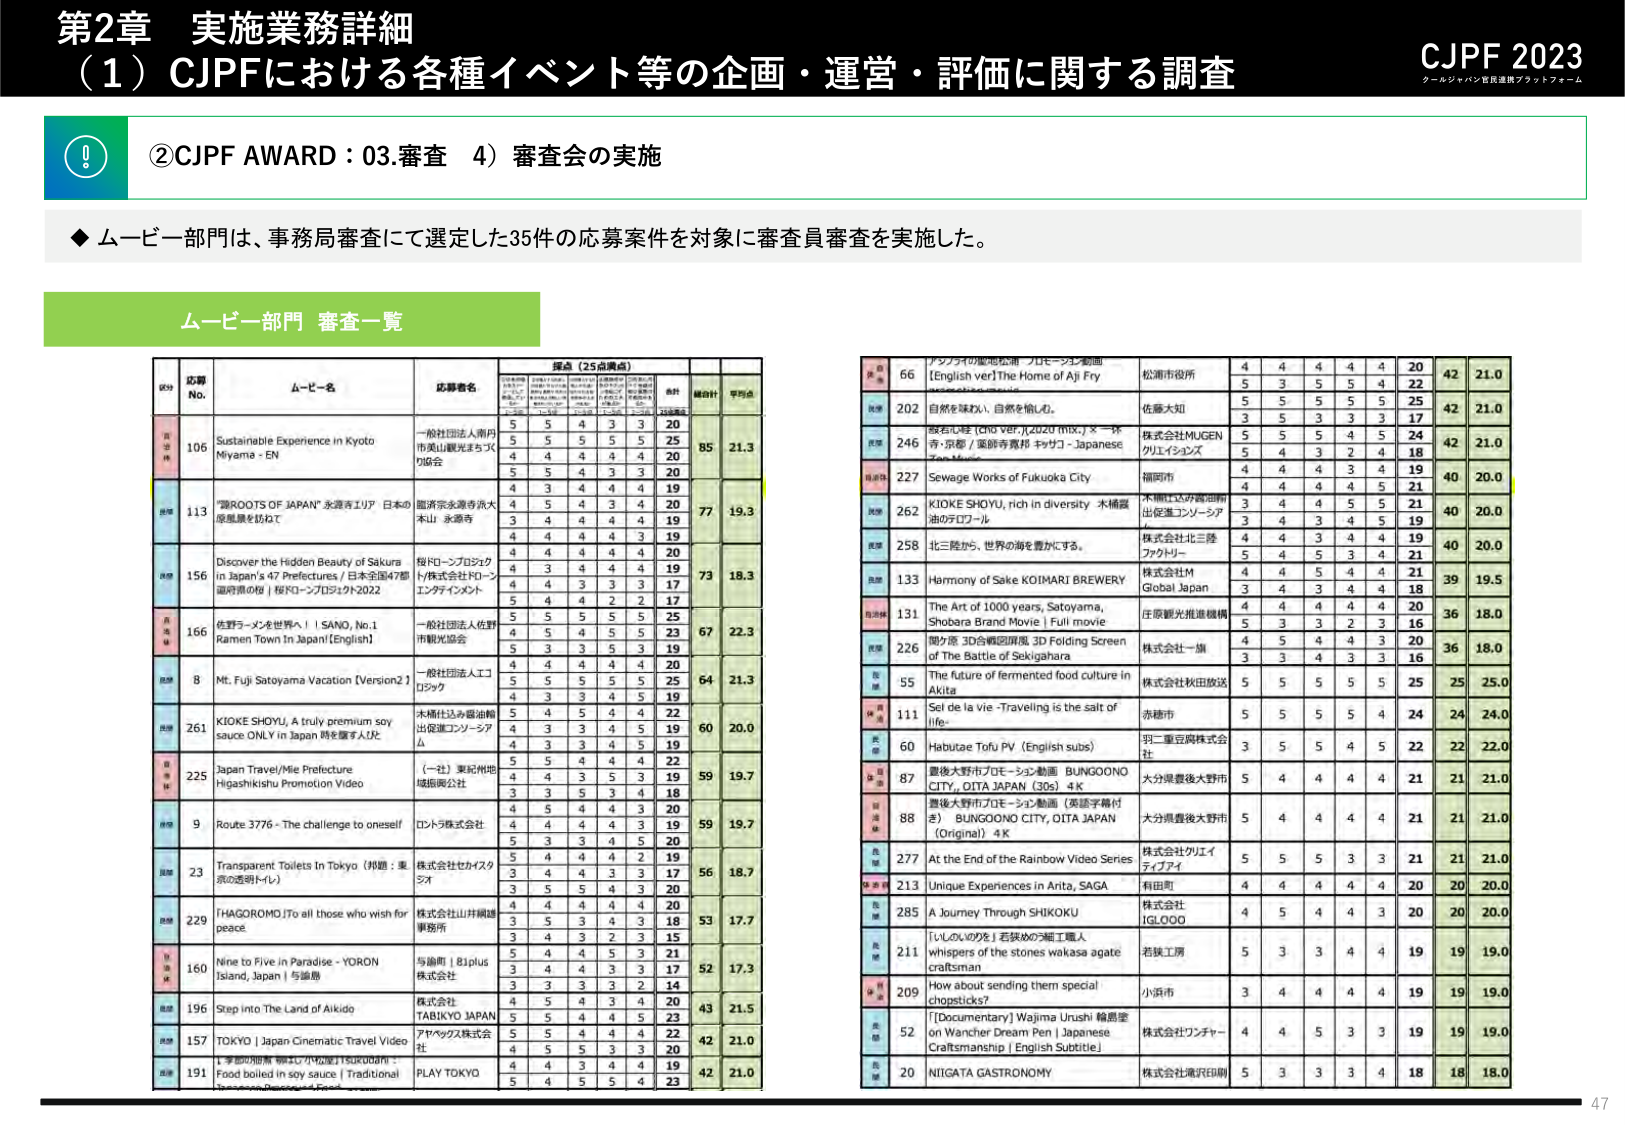
第2章 実施業務詳細
（1）CJPFにおける各種イベント等の企画・運営・評価に関する調査
CJPF 2023
クールジャパン官民連携プラットフォーム

②CJPF AWARD：03.審査 4）審査会の実施

◆ ムービー部門は、事務局審査にて選定した35件の応募案件を対象に審査員審査を実施した。

ムービー部門 審査一覧

応募No. ムービー名 応募者名 採点（25点満点） 合計 総合計 平均点
（評価項目）
106 Sustainable Experience in Kyoto Miyama - EN 一般社団法人南丹市美山観光まちづくり協会 5 5 4 3 3 20 85 21.3
5 5 5 5 5 25
4 4 4 4 4 20
5 5 4 3 3 20
113 "踏ROOTS OF JAPAN" 永源寺エリア 日本の原風景を訪ねて 亀浦宗永源寺済大本山 永源寺 4 3 4 4 4 19 77 19.3
4 5 4 3 4 20
3 4 4 4 4 19
4 4 4 4 3 19
156 Discover the Hidden Beauty of Sakura in Japan's 47 Prefectures / 日本全国47都道府県の桜 | 桜FO-ンプロジェクト2022 桜FO-ンプロジェクト/株式会社ドローンエンタテインメント 4 4 4 4 4 20 73 18.3
4 3 4 4 4 19
4 4 3 3 3 17
5 4 4 2 2 17
166 佐野ラーメンを世界へ！ | SANO, No.1 Ramen Town In Japan(English) 一般社団法人佐野市観光協会 5 5 5 5 5 25 67 22.3
4 5 4 5 5 23
5 3 3 5 3 19
4 4 4 4 4 20
8 Mt. Fuji Satoyama Vacation [Version2 ] 一般社団法人エコロジック 5 5 5 5 5 25 64 21.3
4 3 3 4 5 19
5 4 4 4 4 22
261 KIOKE SHOYU, A truly premium soy sauce ONLY in Japan 時を履す人が。 木幡仕込み醤油輸出促進コンソーシアム 5 4 5 4 4 22 60 20.0
4 3 3 4 5 19
4 3 3 4 5 19
225 Japan Travel/Mie Prefecture Higashikishu Promotion Video （一社）東紀州地域振興公社 5 5 4 4 4 22 59 19.7
4 4 3 5 3 19
3 3 5 3 4 18
9 Route 3776 - The challenge to oneself ロントラ株式会社 4 5 4 4 3 20 59 19.7
4 4 4 4 3 19
5 3 3 4 5 20
23 Transparent Toilets In Tokyo（邦題：東京の透明トイレ） 株式会社セカイスタジオ 5 4 4 4 2 19 56 18.7
3 4 4 3 3 17
3 5 5 4 3 20
229 「HAGOROMO」To all those who wish for peace 株式会社山井織謡事務所 4 4 4 4 4 20 53 17.7
3 5 3 4 3 18
3 4 3 2 3 15
160 Nine to Five in Paradise - YORON Island, Japan | 与論島 与論町 | 81plus株式会社 5 4 4 5 3 21 52 17.3
3 4 4 3 3 17
3 3 3 3 2 14
196 Step into The Land of Aikido 株式会社TABIKYO JAPAN 4 5 4 3 4 20 43 21.5
5 5 4 4 5 23
157 TOKYO | Japan Cinematic Travel Video アヤマックス株式会社 5 5 4 4 4 22 42 21.0
4 5 5 3 3 20
191 1季節の和食 物語① 小松菜 | SUKUOARI - Food boiled in soy sauce | Traditional Japanese Preserved Foods PLAY TOKYO 4 4 3 4 4 19 42 21.0
5 4 5 5 4 23
66 アジアの地場産品 プロモーション動画 [English ver] The Home of Aji Fry 松浦市役所 4 4 4 4 4 20 42 21.0
5 3 5 5 4 22
202 自然を味わい、自然を愉しむ。 佐藤大知 5 5 5 5 5 25 42 21.0
3 5 3 3 3 17
246 酸もん味 (Chu ver.) (2020 mix.) × 一休寺・京都 / 藤原寺斎邦 キサコ - Japanese Tea Music 株式会社MUGENクリエイションズ 5 5 5 4 5 24 42 21.0
5 4 3 2 4 18
227 Sewage Works of Fukuoka City 福岡市 4 4 4 3 4 19 40 20.0
4 4 4 4 5 21
262 KIOKE SHOYU, rich in diversity 木幡醤油のプロローグ 木幡仕込み醤油輸出促進コンソーシアム 3 4 4 5 5 21 40 20.0
3 4 3 4 5 19
258 北三陸から、世界の海を豊かにする。 株式会社北三陸ファクトリー 4 4 3 4 4 19 40 20.0
5 4 5 3 4 21
133 Harmony of Sake KOIMARI BREWERY 株式会社M Global Japan 4 4 5 4 4 21 39 19.5
3 4 3 4 4 18
131 The Art of 1000 years, Satoyama, Shobara Brand Movie | Full movie 庄原観光推進機構 4 4 4 4 4 20 36 18.0
5 3 3 2 3 16
226 関ケ原 3D合戦図屏風 3D Folding Screen of The Battle of Sekigahara 株式会社一旗 4 5 4 4 3 20 36 18.0
3 3 4 3 3 16
55 The future of fermented food culture in Akita 株式会社秋田放送 5 5 5 5 5 25 25 25.0
111 Sel de la vie -Traveling is the salt of life- 赤穂市 5 5 5 5 4 24 24 24.0
60 Habutae Tofu PV (English subs) 羽二重豆腐株式会社 3 5 5 4 5 22 22 22.0
87 最後大野市プロモーション動画 BUNGOONO CITY, OITA JAPAN (30s) 4K 大分県豊後大野市 5 4 4 4 4 21 21 21.0
88 最後大野市プロモーション動画（英語字幕付き） BUNGOONO CITY, OITA JAPAN (Original) 4K 大分県豊後大野市 5 4 4 4 4 21 21 21.0
277 At the End of the Rainbow Video Series 株式会社クリエイティブアイ 5 5 5 3 3 21 21 21.0
213 Unique Experiences in Arita, SAGA 有田町 4 4 4 4 4 20 20 20.0
285 A Journey Through SHIKOKU 株式会社IGLOOO 4 5 4 4 3 20 20 20.0
211 「いしのしのびを」若狭めの石工職人 whispers of the stones wakasa agate craftsman 若狭工房 5 3 3 4 4 19 19 19.0
209 How about sending them special chopsticks? 小浜市 3 4 4 4 4 19 19 19.0
52 「[Documentary] Wajima Urushi 輪島塗 on Wancher Dream Pen | Japanese Craftsmanship | English Subtitle」 株式会社ワンチャー 4 4 5 3 3 19 19 19.0
20 NIIGATA GASTRONOMY 株式会社通沢印刷 5 3 3 3 4 18 18 18.0

47